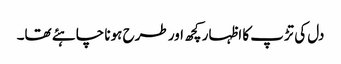
دل کی تڑپ کا اظہار کچھ اور طرح ہونا چاہئے تھا۔